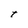
Character: t